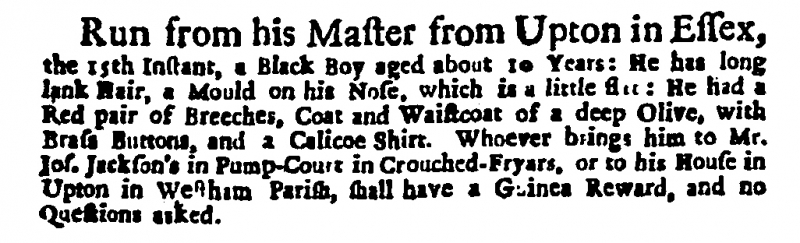
Daily Courant, 21 March 1716 (England)
Run from his Master from Upton in Essex, the 15th Instant, a Black Boy aged about 10 Years: He has long lank Hair, a Mould on his Nose, which is a little flat: He had a Red pair of Breeches, Coat and Waistcoat of a deep Olive, with Brass Buttons, and a Calicoe Shirt. Whoever brings him to Mr. Jos. Jackson’s in Pump-Court in Crouched-Fryars, or to his House in Upton in Westham Parish, shall have a Guinea Reward, and no Questions asked.